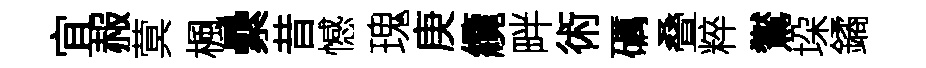
宜赧蓂楓纍昔憾瑰庚纜畔術礪叠粹鸑垜鐍